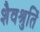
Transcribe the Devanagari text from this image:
शैवश्रुतिं